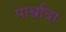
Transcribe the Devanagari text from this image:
पार्श्वाचा